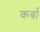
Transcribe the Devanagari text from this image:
कर्बा